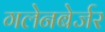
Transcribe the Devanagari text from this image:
गलेनबेर्जर